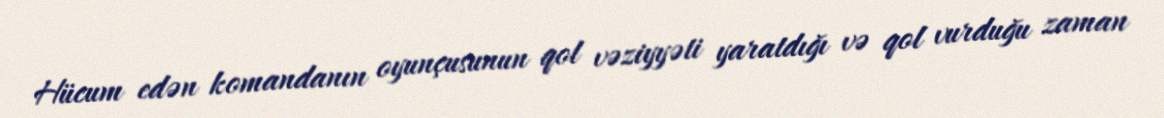
Hücum edən komandanın oyunçusunun qol vəziyyəti yaratdığı və qol vurduğu zaman